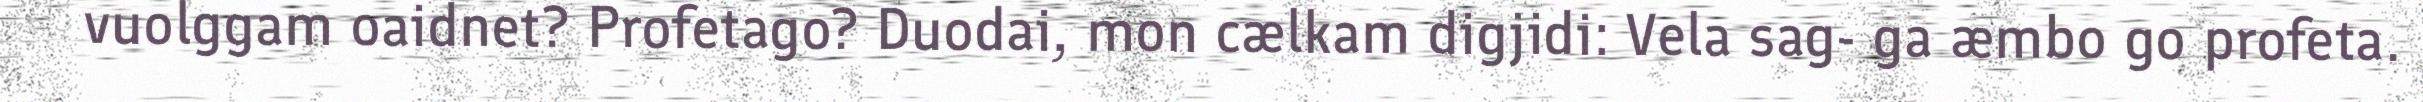
vuolggam oaidnet? Profetago? Duodai, mon cælkam digjidi: Vela sag- ga æmbo go profeta.